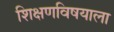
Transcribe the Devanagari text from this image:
शिक्षणविषयाला